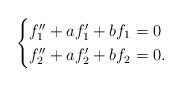
LaTeX: \begin{align*}\begin{cases}f_1''+af_1'+bf_1&\!\!\!\!=0\\f_2''+af_2'+bf_2&\!\!\!\!=0.\end{cases}\end{align*}